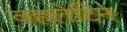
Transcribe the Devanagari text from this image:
वहलेटिन